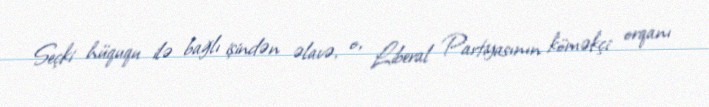
Seçki hüququ ilə bağlı işindən əlavə, o, Liberal Partiyasının köməkçi orqanı